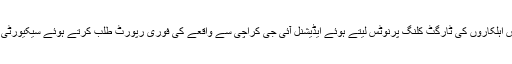
دوسری جانب وزیرداخلہ سندھ سہیل انورسیال نے کراچی میں ٹریفک پولیس اہلکاروں کی ٹارگٹ کلنگ پرنوٹس لیتے ہوئے ایڈیشنل آئی جی کراچی سے واقعے کی فوری رپورٹ طلب کرتے ہوئے سیکیورٹی ہائی الرٹ رکھنے اوردہشتگردوں کی فوری گرفتاری کا حکم بھی دے دیا۔